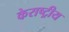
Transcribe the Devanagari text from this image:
केराष्ट्रीय